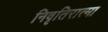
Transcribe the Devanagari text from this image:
निवृतिरात्मा